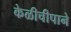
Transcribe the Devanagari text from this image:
केळीचीपाने